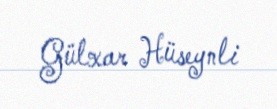
Gülxar Hüseynli